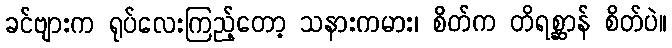
ခင်ဗျားက ရုပ်လေးကြည့်တော့ သနားကမား၊ စိတ်က တိရစ္ဆာန် စိတ်ပဲ။